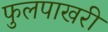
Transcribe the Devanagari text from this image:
फुलपाखरी